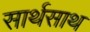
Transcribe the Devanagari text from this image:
सार्थसाथ